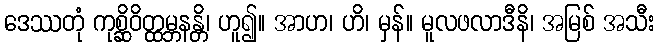
ဒေဿတုံ ကုစ္ဆိဝိတ္ထမ္ဘနန္တိ၊ ဟူ၍။ အာဟ၊ ဟိ၊ မှန်။ မူလဖလာဒီနိ၊ အမြစ် အသီး